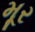
મૂર